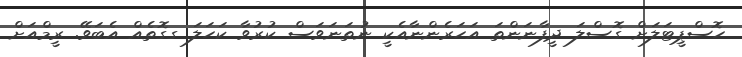
ހޮސްޕީޓަލަށް ގޮސްލަ ދީފާނަންތަ އަހަރެންނާއެކީ ނުތަނަވަސް ކުރުވާ ކަހަލަ ގގޮތެއް އެބަވޭ. ރީމްއަށް